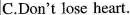
C.Don't lose heart.